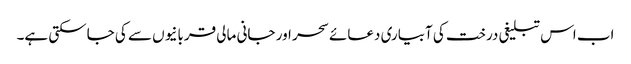
اب اس تبلیغی درخت کی آبیاری دعائے سحر اور جانی مالی قربانیوں سے کی جاسکتی ہے۔